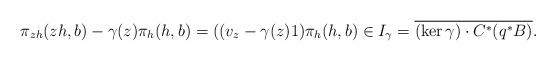
LaTeX: \begin{align*}\pi_{zh}(zh,b)-\gamma(z)\pi_h(h,b)=((v_z-\gamma(z)1)\pi_h(h,b)\in I_\gamma=\overline{(\ker \gamma)\cdot C^*(q^*B)}.\end{align*}